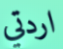
اردتي